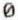
0